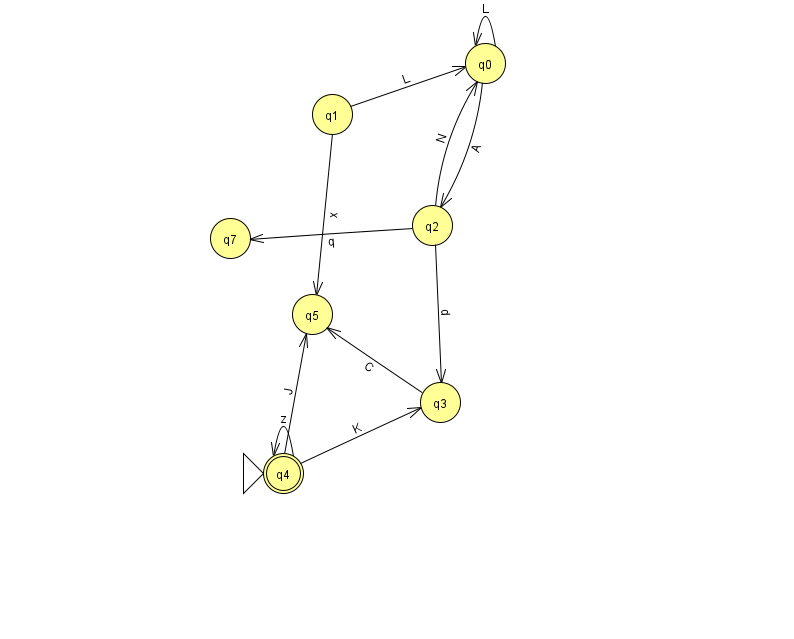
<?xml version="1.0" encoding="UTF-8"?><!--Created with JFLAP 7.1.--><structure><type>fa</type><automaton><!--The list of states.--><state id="0" name="q0"><x>485.0</x><y>50.0</y></state><state id="1" name="q1"><x>332.0</x><y>101.0</y></state><state id="2" name="q2"><x>432.0</x><y>212.0</y></state><state id="3" name="q3"><x>440.0</x><y>389.0</y></state><state id="4" name="q4"><x>283.0</x><y>460.0</y><initial/><final/></state><state id="5" name="q5"><x>312.0</x><y>301.0</y></state><state id="7" name="q7"><x>230.0</x><y>225.0</y></state><!--The list of transitions.--><transition><from>0</from><to>2</to><read>A</read></transition><transition><from>4</from><to>3</to><read>K</read></transition><transition><from>3</from><to>5</to><read>C</read></transition><transition><from>4</from><to>5</to><read>J</read></transition><transition><from>1</from><to>0</to><read>L</read></transition><transition><from>4</from><to>4</to><read>z</read></transition><transition><from>0</from><to>0</to><read>L</read></transition><transition><from>2</from><to>3</to><read>d</read></transition><transition><from>2</from><to>0</to><read>N</read></transition><transition><from>1</from><to>5</to><read>x</read></transition><transition><from>2</from><to>7</to><read>q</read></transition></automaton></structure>